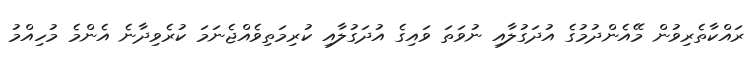
ރައްކާތެރިވުން މޭއެންދުމުގެ އުދަގުލާއި ނުވަތަ ވައިގެ އުދަގުލާއި ކުރިމަތިވެއްޖެނަމަ ކުރެވިދާނެ އެންމެ މުހިއްމު